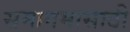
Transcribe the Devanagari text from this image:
समागमासाठी